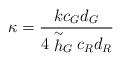
LaTeX: \begin{align*}\kappa=\frac{kc_Gd_G}{4\stackrel{\sim}{h}_Gc_Rd_R}\end{align*}